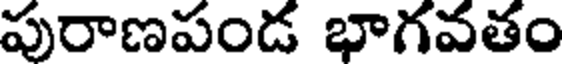
పురాణపండ భాగవతం